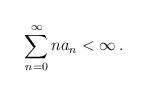
LaTeX: \begin{align*}\sum_{n=0}^\infty n a_n < \infty \, .\end{align*}